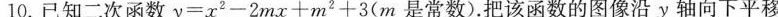
10.已知二次函数y=x^{2}-2mx+m^{2}+3(m是常数)。把该函数的图像沿y轴向下平移